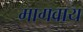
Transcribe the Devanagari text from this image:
मागवाय